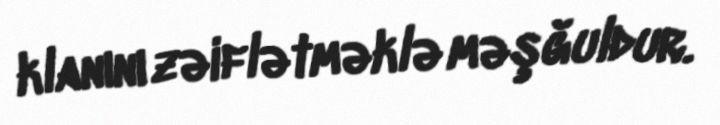
klanını zəiflətməklə məşğuldur.